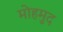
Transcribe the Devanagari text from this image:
मोहमुद